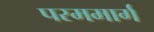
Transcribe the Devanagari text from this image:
परममार्ग